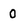
Character: 0